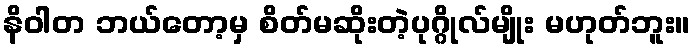
နိဝါတ ဘယ်တော့မှ စိတ်မဆိုးတဲ့ပုဂ္ဂိုလ်မျိုး မဟုတ်ဘူး။